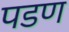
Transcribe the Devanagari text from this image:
पडण